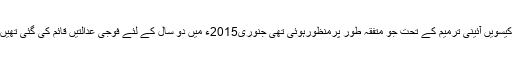
اکیسویں آئینی ترمیم کے تحت جو متفقہ طور پرمنظورہوئی تھی جنوری2015ء میں دو سال کے لئے فوجی عدالتیں قائم کی گئی تھیں۔